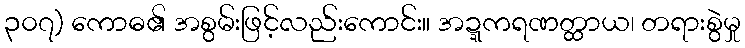
၃၀၇) ကောဓ၏ အစွမ်းဖြင့်လည်းကောင်း။ အဍ္ဍကရဏတ္ထာယ၊ တရားစွဲမှု